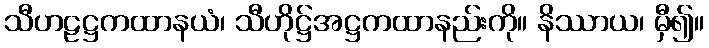
သီဟဠဋ္ဌကထာနယံ၊ သီဟိုဋ္ဌ်အဋ္ဌကထာနည်းကို။ နိဿာယ၊ မှီ၍။